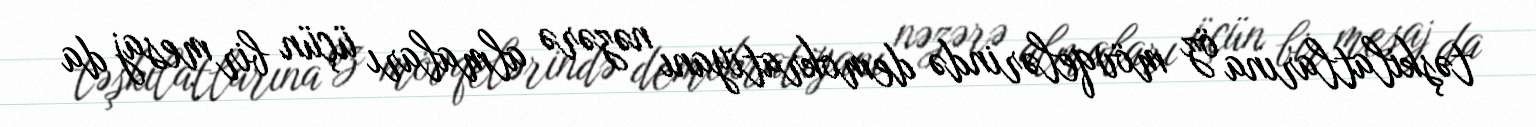
təşkilatlarına öz mövqelərində demokratiyanı nəzərə almaları üçün bir mesaj da